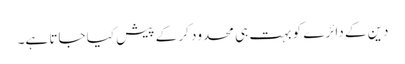
دین کے دائرے کو بہت ہی محدود کر کے پیش کیا جاتا ہے۔